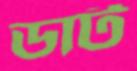
ডার্ট